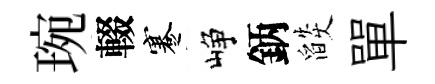
琬輟蹇峥鈵燄單